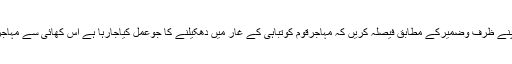
انہوں نے کہاکہ کارکنان اپنے ظرف وضمیرکے مطابق فیصلہ کریں کہ مہاجرقوم کوتباہی کے غار میں دھکیلنے کا جوعمل کیاجارہا ہے اس کھائی سے مہاجرقوم کو کیسے نکالنا ہے ۔